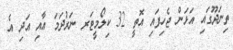
ތިނަދޫގައި އަޅަން ޖެހިފައި އޮތީ 32 ކިލޯމީޓަރ ނަރުދަމަ އާއި އަދި އެ